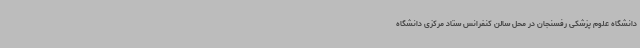
دانشگاه علوم پزشکی رفسنجان در محل سالن کنفرانس ‌ستاد مرکزی دانشگاه